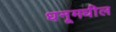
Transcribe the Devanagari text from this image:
धनूमधील